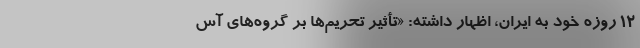
12 روزه خود به ایران، اظهار داشته: «تأثیر تحریم‌ها بر گروه‌های آس